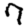
Digit: 7